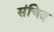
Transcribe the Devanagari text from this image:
संचिद